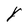
Character: Y